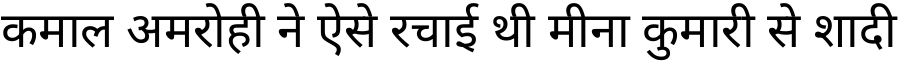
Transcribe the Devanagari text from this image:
कमाल अमरोही ने ऐसे रचाई थी मीना कुमारी से शादी